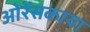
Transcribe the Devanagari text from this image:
ओरेंसकाया